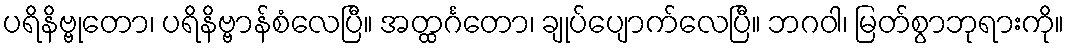
ပရိနိဗ္ဗုတော၊ ပရိနိဗ္ဗာန်စံလေပြီ။ အတ္ထင်္ဂတော၊ ချုပ်ပျောက်လေပြီ။ ဘဂဝါ၊ မြတ်စွာဘုရားကို။